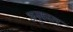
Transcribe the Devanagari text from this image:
अनुकाल